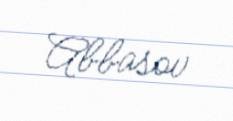
Abbasov